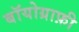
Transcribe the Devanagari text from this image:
बॉयोग्राफ़ी